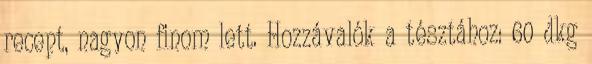
recept, nagyon finom lett. Hozzávalók a tésztához: 60 dkg